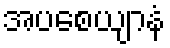
အပစေယျာနံ